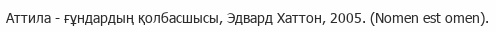
Аттила - ғұндардың қолбасшысы, Эдвард Хаттон, 2005. (Nomen est omen).